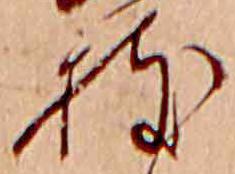
枝